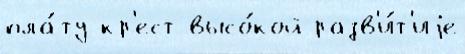
пла́ту кр'ест высо́кой разв'и́т'иjе